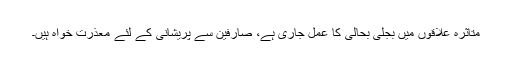
متاثرہ علاقوں میں بجلی بحالی کا عمل جاری ہے، صارفین سے پریشانی کے لئے معذرت خواہ ہیں۔